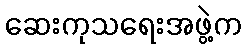
ဆေးကုသရေးအဖွဲ့က